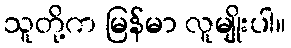
သူတို့က မြန်မာ လူမျိုးပါ။